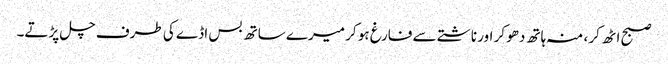
صبح اٹھ کر ، منہ ہاتھ دھو کر اور ناشتے سے فارغ ہو کر میرے ساتھ بس اڈے کی طرف چل پڑتے۔